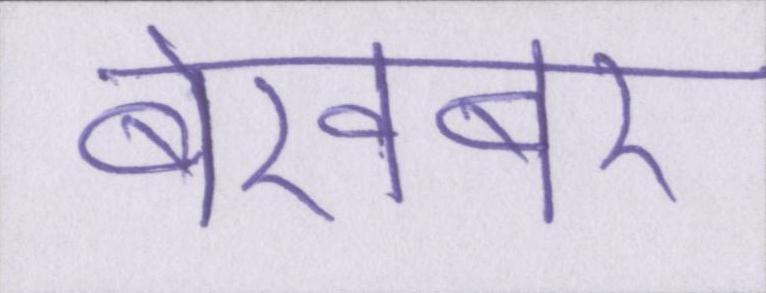
बेखबर